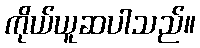
ကိုယ်ယူဆပါသည်။